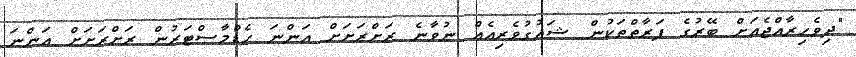
"ދިވެހިރާއްޖެއަށް ބޭރުގެ ފަރާތްތަކުން ޝައުގުވެރިއެއް ނުވާނެ ރަށްރަށަށް އަންނަ ހެޑްމާސްޓަރުން ރަށްރަށަށް އަންނަ